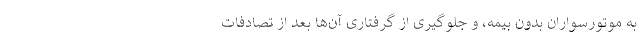
به موتورسواران بدون بیمه، و جلوگیری از گرفتاری آن‌ها بعد از تصادفات